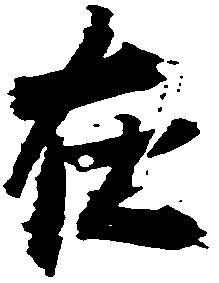
在